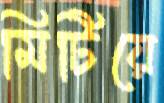
মিটিয়ে